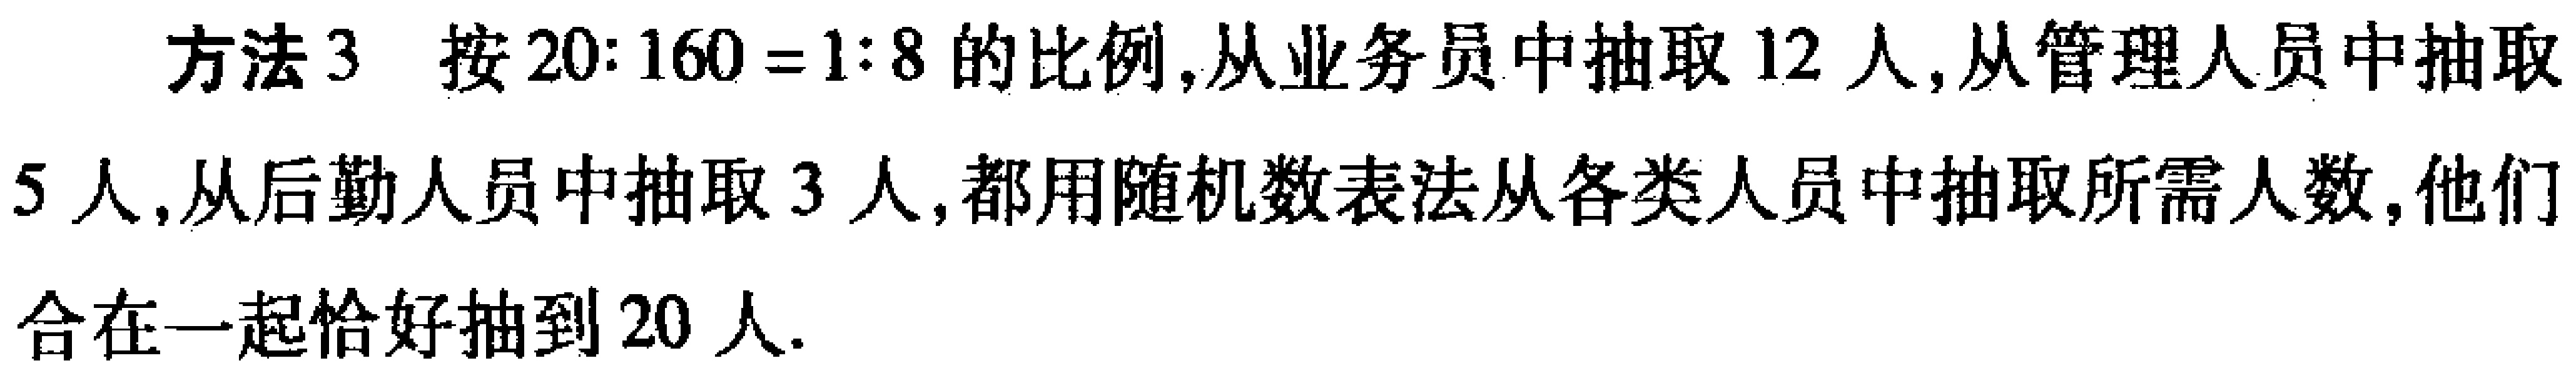
方法3 按$20:160 = 1:8$的比例,从业务员中抽取12人,从管理人员中抽取5人,从后勤人员中抽取3人,都用随机数表法从各类人员中抽取所需人数,他们合在一起恰好抽到20人.